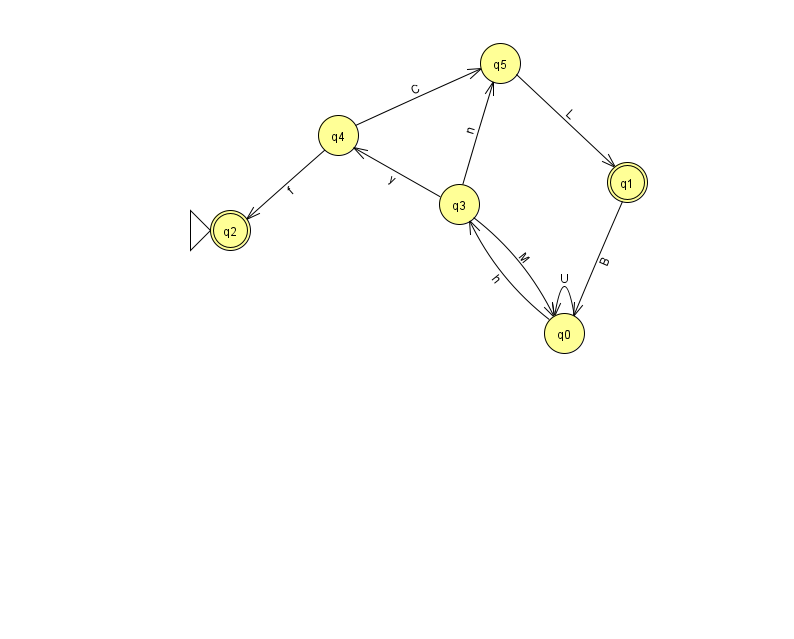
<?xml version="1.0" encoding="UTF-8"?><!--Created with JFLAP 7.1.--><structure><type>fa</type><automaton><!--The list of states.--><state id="0" name="q0"><x>564.0</x><y>320.0</y></state><state id="1" name="q1"><x>627.0</x><y>169.0</y><final/></state><state id="2" name="q2"><x>230.0</x><y>217.0</y><initial/><final/></state><state id="3" name="q3"><x>459.0</x><y>191.0</y></state><state id="4" name="q4"><x>338.0</x><y>122.0</y></state><state id="5" name="q5"><x>500.0</x><y>50.0</y></state><!--The list of transitions.--><transition><from>4</from><to>5</to><read>C</read></transition><transition><from>1</from><to>0</to><read>B</read></transition><transition><from>0</from><to>0</to><read>U</read></transition><transition><from>3</from><to>0</to><read>M</read></transition><transition><from>3</from><to>5</to><read>n</read></transition><transition><from>5</from><to>1</to><read>L</read></transition><transition><from>0</from><to>3</to><read>h</read></transition><transition><from>3</from><to>4</to><read>y</read></transition><transition><from>4</from><to>2</to><read>f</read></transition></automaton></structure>